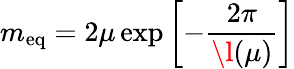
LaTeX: m_{\mathrm{eq}}=2\mu\exp\left[-\frac{2\pi}{\l(\mu)}\right]